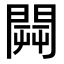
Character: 𨵑